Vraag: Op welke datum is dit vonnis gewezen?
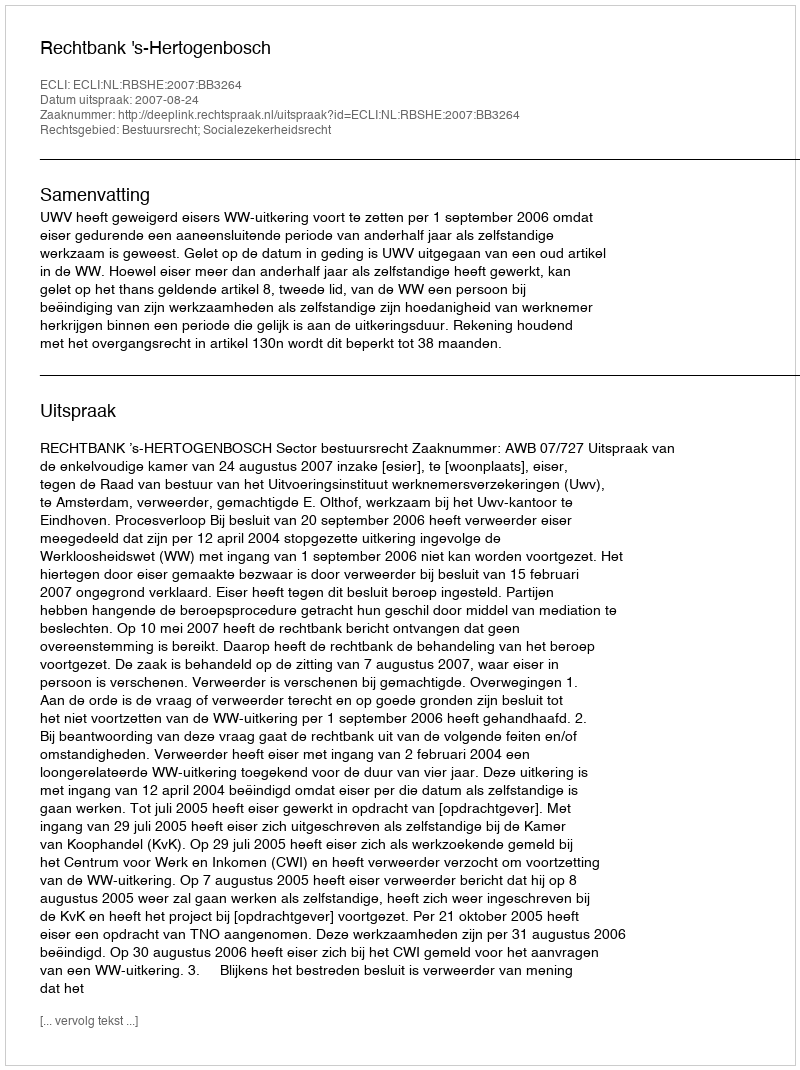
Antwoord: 2007-08-24